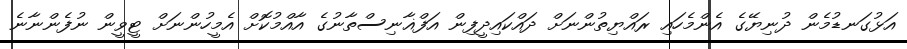
އަޅުގަނޑުމެން ދުނިޔޭގެ އެންމެހައި ރައްޔިތުންނަށް ދައްކައިދީފިން އަފްޣާނިސްތާނުގެ އާއްމުކޮށް އެމީހުންނަށް ޓީވީން ނުފެންނާނެ